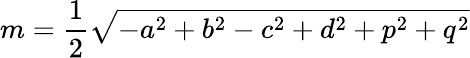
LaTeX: m={\frac{1}{2}}{\sqrt{-a^{2}+b^{2}-c^{2}+d^{2}+p^{2}+q^{2}}}